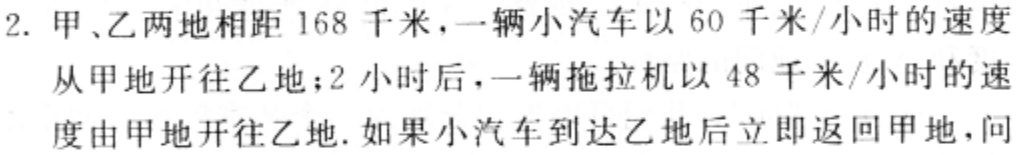
2. 甲、乙两地相距 168 千米，一辆小汽车以 60 千米/小时的速度从甲地开往乙地；2 小时后，一辆拖拉机以 48 千米/小时的速度由甲地开往乙地. 如果小汽车到达乙地后立即返回甲地，问